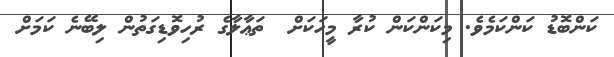
ކަންބޮޑު ކަންކަމެވެ. މިކަންކަން ކުރާ މީހަކަށް  ތަޢާލާގެ ރުހިވޮޑިގަތުން ލިބޭނެ ކަމަށް